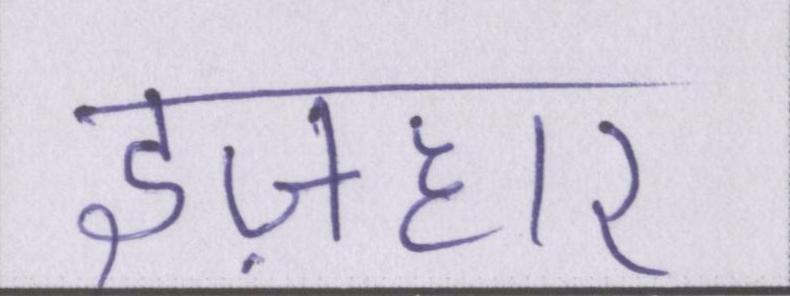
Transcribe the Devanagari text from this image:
इज़हार